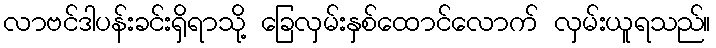
လာဗင်ဒါပန်းခင်းရှိရာသို့ ခြေလှမ်းနှစ်ထောင်လောက် လှမ်းယူရသည်။